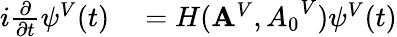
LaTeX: \begin{array}{rl}{i\frac{\partial}{\partial t}\psi^{V}(t)}&{{}=H({\mathbf A}^{V},{A_{0}}^{V})\psi^{V}(t)}\end{array}